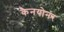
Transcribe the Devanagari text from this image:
कैनयोनर